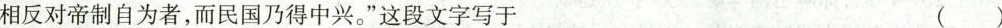
相反对帝制自为者，而民国乃得中兴。”这段文字写于 ( )